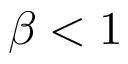
\beta < 1